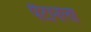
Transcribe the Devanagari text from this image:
पैंटानेला